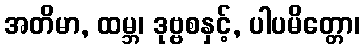
အတိမာ, ထမ္ဘ၊ ဒုဗ္ဗစနှင့်, ပါပမိတ္တော၊